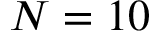
N = 1 0